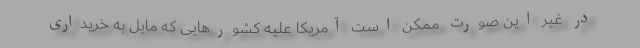
در غیر این صورت ممکن است آمریکا علیه کشورهایی که مایل به خریداری